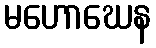
မဟောဃေန